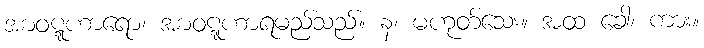
အာဝဋ္ဋဟာရော၊ အာဝဋ္ဋဟာရမည်သည်။ န၊ မဟုတ်သေး။ အထ ခေါ၊ ကား။